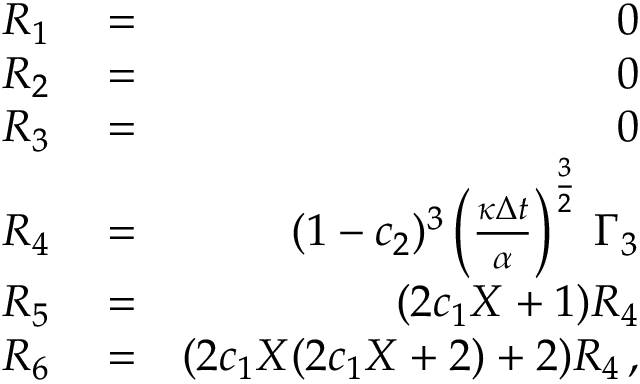
\begin{array} { r l r } { { \cal R } _ { 1 } } & { { } = } & { 0 } \\ { { \cal R } _ { 2 } } & { { } = } & { 0 } \\ { { \cal R } _ { 3 } } & { { } = } & { 0 } \\ { { \cal R } _ { 4 } } & { { } = } & { ( 1 - c _ { 2 } ) ^ { 3 } \left( \frac { \kappa \Delta { t } } { \alpha } \right) ^ { \frac { 3 } { 2 } } \, \Gamma _ { 3 } } \\ { { \cal R } _ { 5 } } & { { } = } & { ( 2 c _ { 1 } X + 1 ) { \cal R } _ { 4 } } \\ { { \cal R } _ { 6 } } & { { } = } & { ( 2 c _ { 1 } X ( 2 c _ { 1 } X + 2 ) + 2 ) { \cal R } _ { 4 } \, , } \end{array}